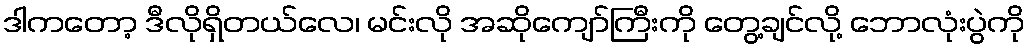
ဒါကတော့ ဒီလိုရှိတယ်လေ၊ မင်းလို အဆိုကျော်ကြီးကို တွေ့ချင်လို့ ဘောလုံးပွဲကို